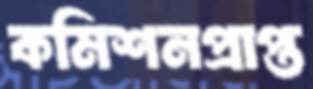
কমিশনপ্রাপ্ত